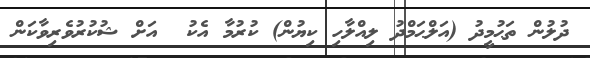
ދުލުން ތަޙުމީދު (އަލްޙަމްދު ލިއްލާހި ކިޔުން) ކުރުމާ އެކު  އަށް ޝުކުރުވެރިވާކަން